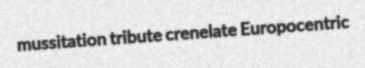
mussitation tribute crenelate Europocentric